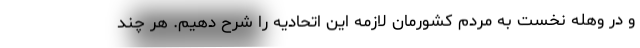
و در وهله نخست به مردم کشورمان لازمه این اتحادیه را شرح دهیم. هر چند